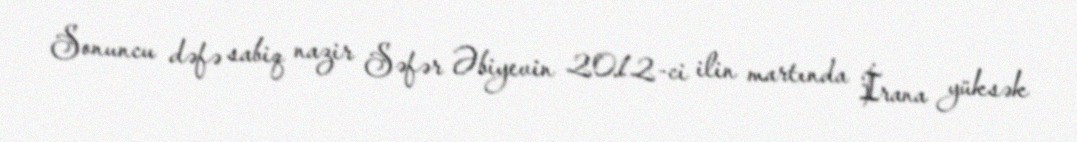
Sonuncu dəfə sabiq nazir Səfər Əbiyevin 2012-ci ilin martında İrana yüksək